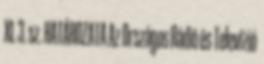
XI. 3. sz. HATÁROZATA Az Országos Rádió és Televízió